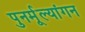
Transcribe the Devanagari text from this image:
पुनर्मूल्यांगन